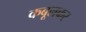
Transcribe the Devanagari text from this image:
कबूलकर